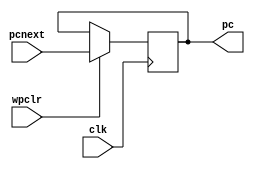
module pcreg(clk,wpclr,pcnext,pc);
    input clk;
    input wpclr;
    input[31:0] pcnext;
    output reg[31:0] pc;

    initial
    begin
        pc = 0;
    end

    always @ (posedge clk)
    begin
        if(wpclr != 0)
            pc = pcnext;
    end
endmodule